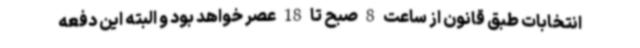
انتخابات طبق قانون از ساعت 8 صبح تا 18 عصر خواهد بود و البته این دفعه